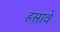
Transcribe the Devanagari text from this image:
हसावे